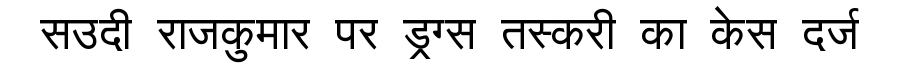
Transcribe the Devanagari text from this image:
सउदी राजकुमार पर ड्रग्स तस्करी का केस दर्ज